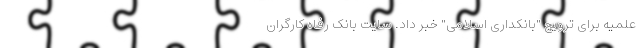
علمیه برای ترویج "بانکداری اسلامی" خبر داد. سایت بانک رفاه کارگران